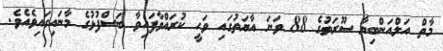
މާތް އަލްއަންބިޔާ ސޫރަތުގެ 88 ވަނަ އާޔަތުގައި ވަހީ ކުރައްވާފައިވާ ބަސްފުޅުގެ މާނައިގައިވެއެވެ.